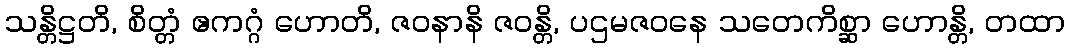
သန္တိဋ္ဌတိ, စိတ္တံ ဧကဂ္ဂံ ဟောတိ, ဇဝနာနိ ဇဝန္တိ, ပဌမဇဝနေ သတေကိစ္ဆာ ဟောန္တိ, တထာ